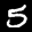
Label: 5